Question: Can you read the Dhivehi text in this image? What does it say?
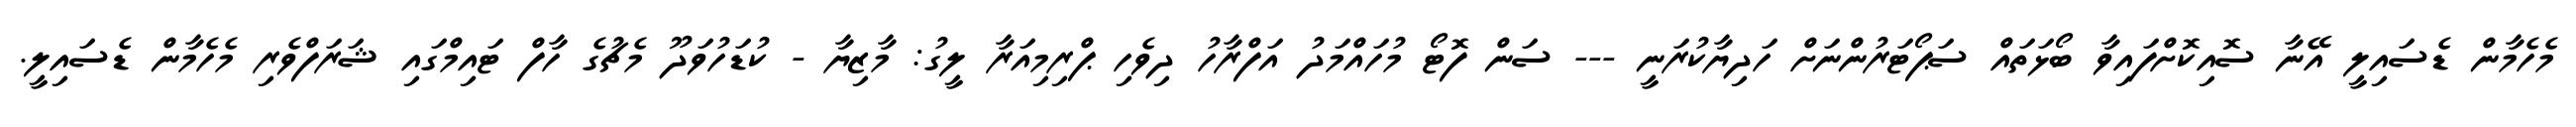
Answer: މެހެމާން ޑެސައިލީ އޭނާ ސޮއިކޮށްފައިވާ ބޯޅަތައް ސަޕޯޓަރުންނަށް ހަދިޔާކުރަނީ --- ސަން ފޮޓޯ މުހައްމަދު އަފްރާހު ދިވެހި ޕްރިމިއަރާ ލީގު: މާޒިޔާ - ކުޑަހުވަދޫ މެޗުގެ ހާފް ޓައިމްގައި ޝަރަފްވެރި މެހެމާން ޑެސައިލީ.